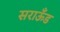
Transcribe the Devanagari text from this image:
सराऊँड